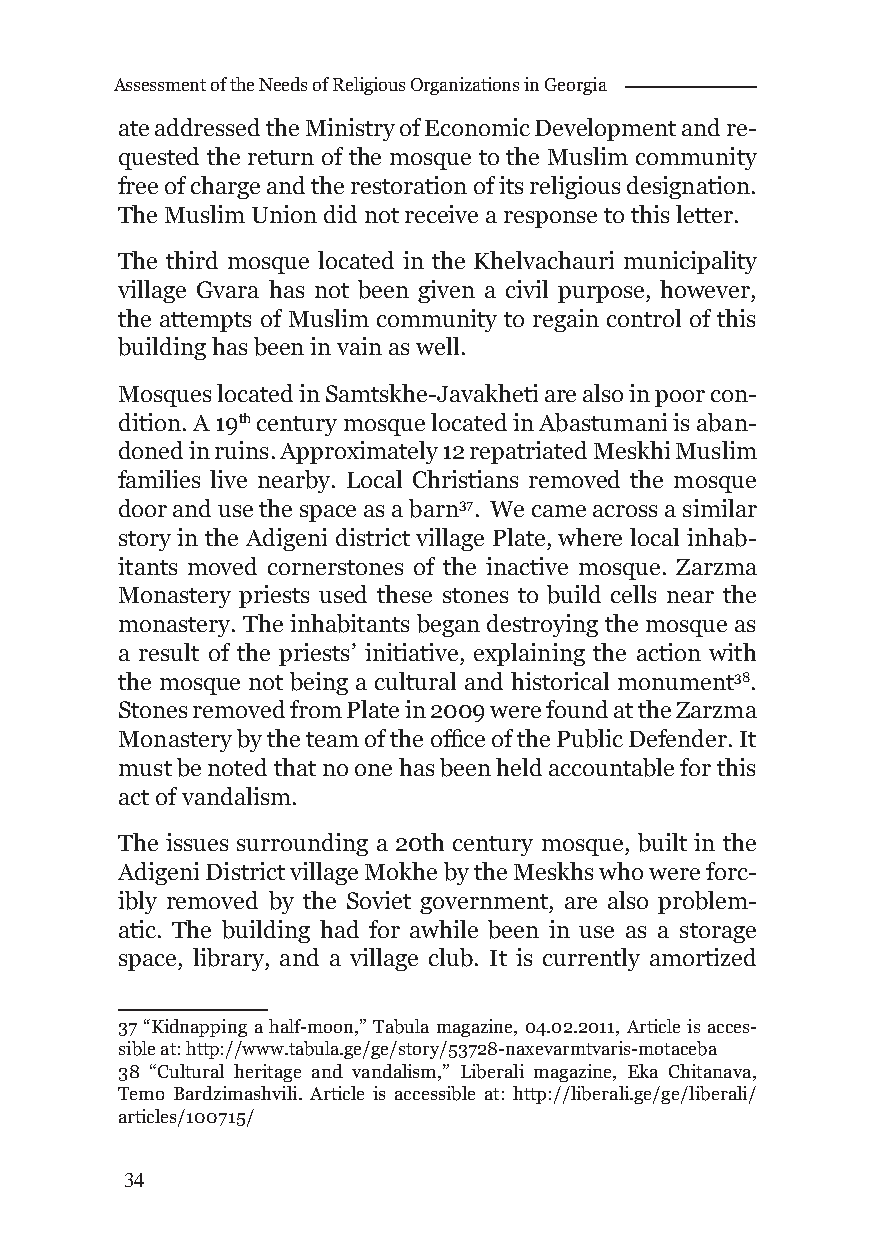
Assessment of the Needs of Religious Organizations in Georgia
 ate addressed the Ministry of Economic Development and re-
 quested the return of the mosque to the Muslim community
 free of charge and the restoration of its religious designation.
 The Muslim Union did not receive a response to this letter.
 The third mosque located in the Khelvachauri municipality
 village Gvara has not been given a civil purpose, however,
 the attempts of Muslim community to regain control of this
 building has been in vain as well.
 Mosques located in Samtskhe-Javakheti are also in poor con-
 dition. A 19th century mosque located in Abastumani is aban-
 doned in ruins. Approximately 12 repatriated Meskhi Muslim
 families live nearby. Local Christians removed the mosque
 door and use the space as a barn37. We came across a similar
 story in the Adigeni district village Plate, where local inhab-
 itants moved cornerstones of the inactive mosque. Zarzma
 Monastery priests used these stones to build cells near the
 monastery. The inhabitants began destroying the mosque as
 a result of the priests’ initiative, explaining the action with
 the mosque not being a cultural and historical monument38.
 Stones removed from Plate in 2009 were found at the Zarzma
 Monastery by the team of the offi ce of the Public Defender. It
 must be noted that no one has been held accountable for this
 act of vandalism.
 The issues surrounding a 20th century mosque, built in the
 Adigeni District village Mokhe by the Meskhs who were forc-
 ibly removed by the Soviet government, are also problem-
 atic. The building had for awhile been in use as a storage
 space, library, and a village club. It is currently amortized
 37 “Kidnapping a half-moon,” Tabula magazine, 04.02.2011, Article is acces-
 sible at: http://www.tabula.ge/ge/story/53728-naxevarmtvaris-motaceba
 38 “Cultural heritage and vandalism,” Liberali magazine, Eka Chitanava,
 Temo Bardzimashvili. Article is accessible at: http://liberali.ge/ge/liberali/
 articles/100715/
 34